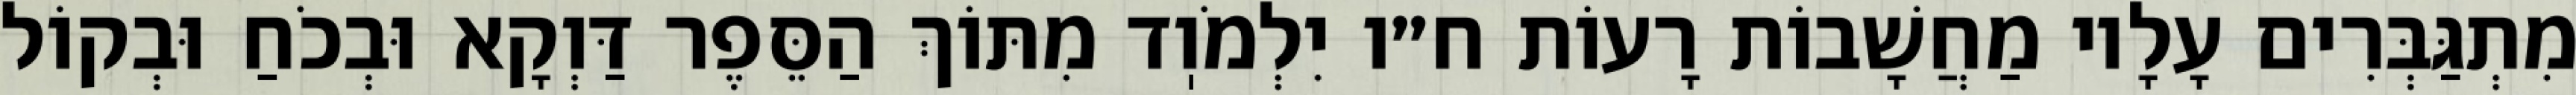
מִתְגַּבְּרִים עָלָיו מַחֲשָׁבוֹת רָעוֹת ח״ו יִלְמֹוֽד מִתּוֹךְ הַסֵּפֶר דַּוְקָא וּבְכֹחַ וּבְקוֹל